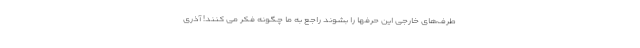
طرف‌های خارجی این حرفها را بشوند راجع به ما چگونه فکر می کنند! آذری